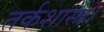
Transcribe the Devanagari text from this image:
तर्कशास्त्र।